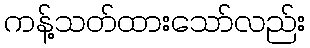
ကန့်သတ်ထားသော်လည်း